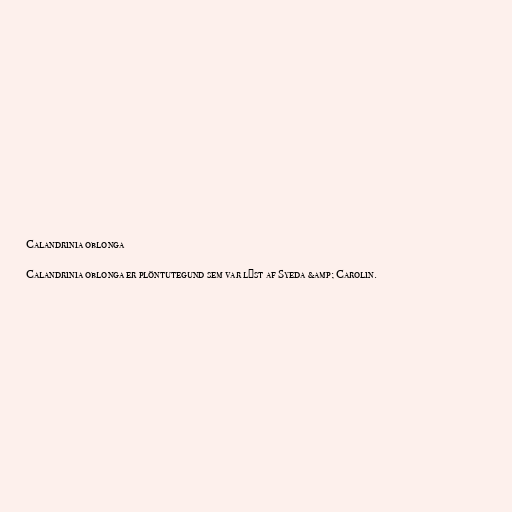
Calandrinia oblonga

Calandrinia oblonga er plöntutegund sem var lýst af Syeda &amp; Carolin.